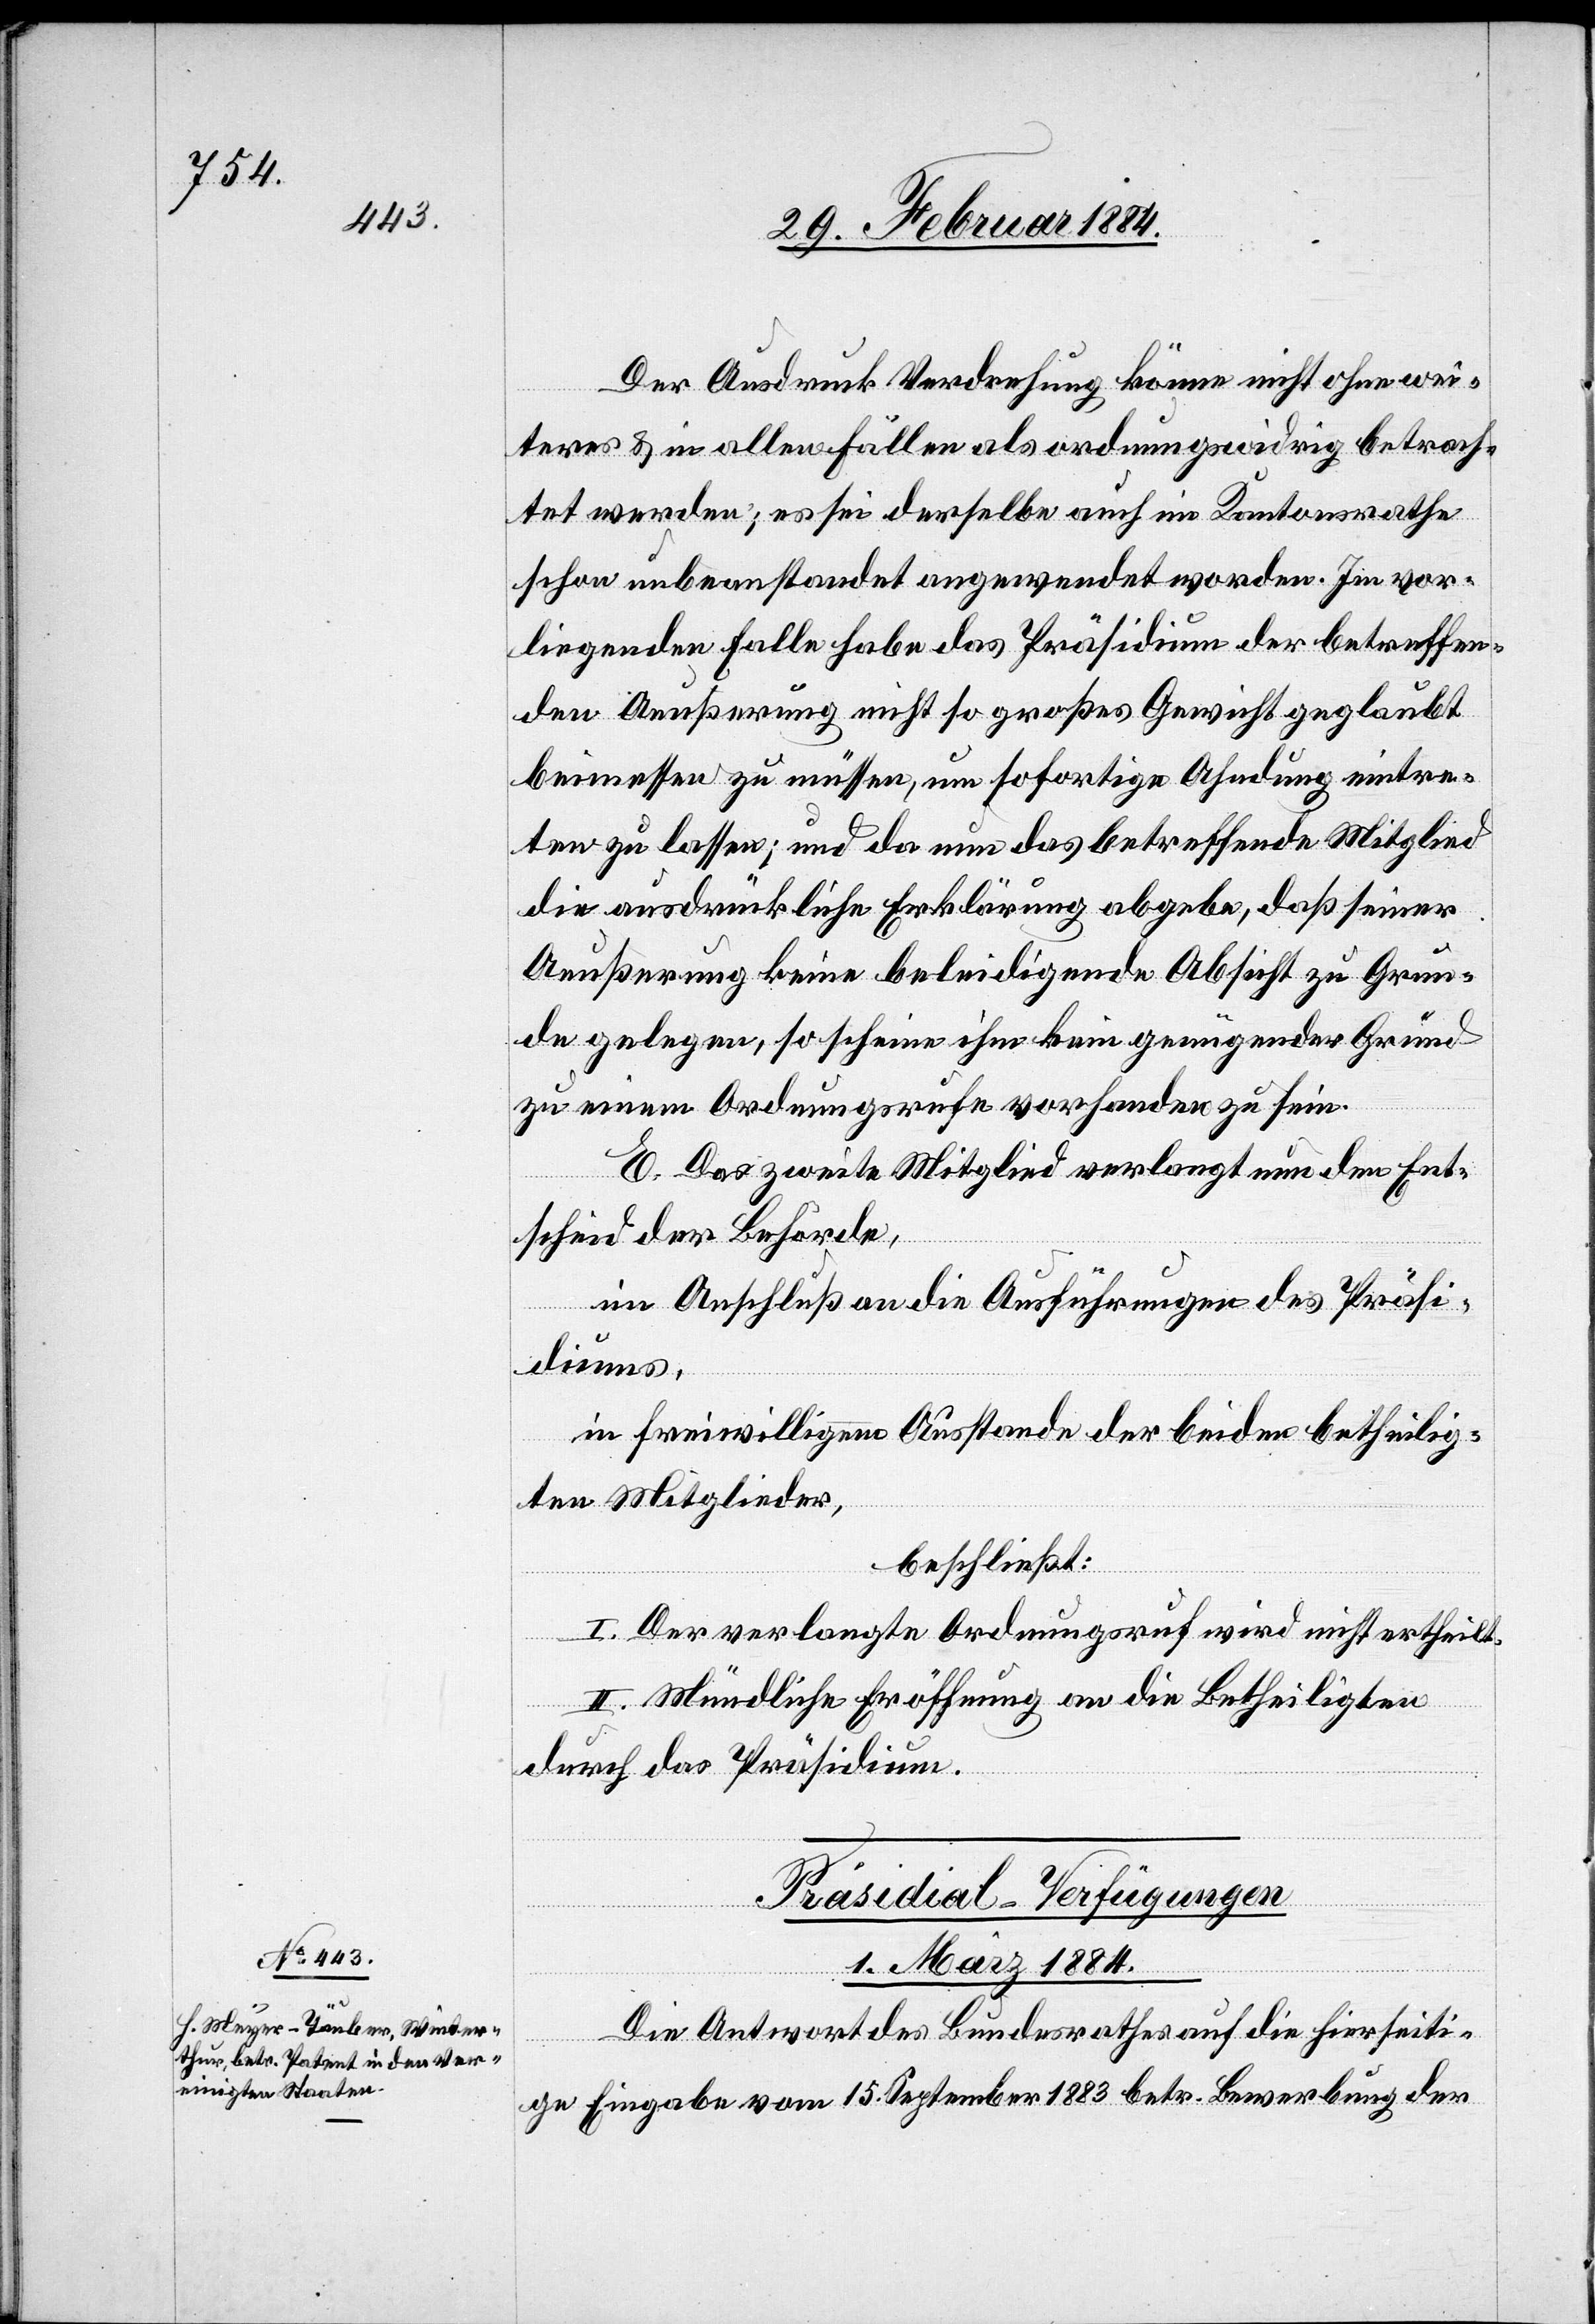
Der Ausdruck Verdrehung könne nicht ohne wei¬
teres & in allen Fällen als ordnungswidrig betrach¬
tet werden; es sei derselbe auch im Kantonsrathe
schon unbeanstandet angewendet worden. Im vor¬
liegenden Falle habe das Präsidium der betreffen¬
den Aeußerung nicht so großes Gewicht geglaubt
beimessen zu müssen, um sofortige Ahndung eintre¬
ten zu lassen; und da nun das betreffende Mitglied
die ausdrückliche Erklärung abgebe, daß seiner
Aeußerung keine beleidigende Absicht zu Grun¬
de gelegen, so scheine ihm kein genügender Grund
zu einem Ordnungsrufe vorhanden zu sein.
E. Das zweite Mitglied verlangt nun den Ent¬
scheid der Behörde.
Im Anschluß an die Ausführungen des Präsi¬
diums,
in freiwilligem Ausstande der beiden betheilig¬
ten Mitglieder,
beschließt:
I. Der verlangte Ordnungsruf wird nicht ertheilt.
II. Mündliche Eröffnung an die Betheiligten
durch das Präsidium.
Präsidial-Verfügungen
1. März 1884.
Die Antwort des Bundesrathes auf die hierseiti¬
ge Eingabe vom 15. September 1883 betr. Bewerbung der